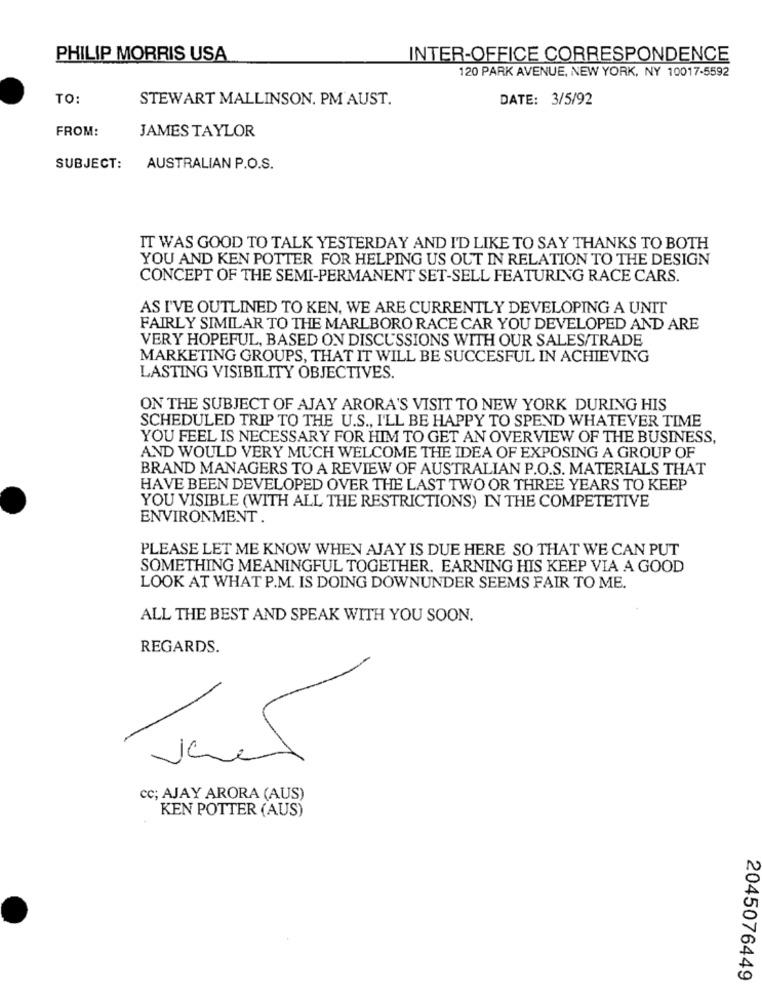
PHILIP MORRIS USA
INTER-OFFICE CORRESPONDENCE
120 PARK AVENUE, NEW YORK, NY 10017-5592
TO:
STEWART MALLINSON. PM AUST.
DATE: 3/5/92
FROM:
JAMES TAYLOR
SUBJECT:
AUSTRALIAN P.O.S.
IT WAS GOOD TO TALK YESTERDAY AND I'D LIKE TO SAY THANKS TO BOTH
YOU AND KEN POTTER FOR HELPING US OUT IN RELATION TO THE DESIGN
CONCEPT OF THE SEMI-PERMANENT SET-SELL FEATURING RACE CARS.
AS I'VE OUTLINED TO KEN, WE ARE CURRENTLY DEVELOPING A UNIT
FAIRLY SIMILAR TO THE MARLBORO RACE CAR YOU DEVELOPED AND ARE
VERY HOPEFUL, BASED ON DISCUSSIONS WITH OUR SALES/TRADE
MARKETING GROUPS, THAT IT WILL BE SUCCESFUL IN ACHIEVING
LASTING VISIBILITY OBJECTIVES.
ON THE SUBJECT OF AJAY ARORA'S VISIT TO NEW YORK DURING HIS
SCHEDULED TRIP TO THE U.S ., I'LL BE HAPPY TO SPEND WHATEVER TIME
YOU FEEL IS NECESSARY FOR HIM TO GET AN OVERVIEW OF THE BUSINESS,
AND WOULD VERY MUCH WELCOME THE IDEA OF EXPOSING A GROUP OF
BRAND MANAGERS TO A REVIEW OF AUSTRALIAN P.O.S. MATERIALS THAT
HAVE BEEN DEVELOPED OVER THE LAST TWO OR THREE YEARS TO KEEP
YOU VISIBLE (WITH ALL THE RESTRICTIONS) IN THE COMPETETIVE
ENVIRONMENT .
PLEASE LET ME KNOW WHEN AJAY IS DUE HERE SO THAT WE CAN PUT
SOMETHING MEANINGFUL TOGETHER. EARNING HIS KEEP VIA A GOOD
LOOK AT WHAT P.M. IS DOING DOWNUNDER SEEMS FAIR TO ME.
ALL THE BEST AND SPEAK WITH YOU SOON.
REGARDS.
cc; AJAY ARORA (AUS)
KEN POTTER (AUS)
2045076449